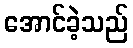
အောင်ခဲ့သည်